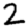
Digit: 2